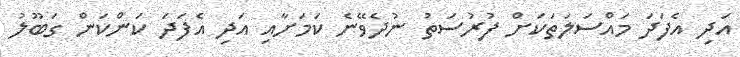
އަދި އެފަދަ މައްސަލަތަކަށް ފުރުސަތު ނުދެވޭނެ ކަމަށާއި އަދި އެފަދަ ކަންކަން ގަބޫލު